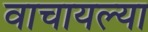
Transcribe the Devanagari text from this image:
वाचायल्या